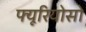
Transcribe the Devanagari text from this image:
फ्यूरियोसो